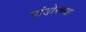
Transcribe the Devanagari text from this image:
मांडोरच्या